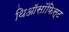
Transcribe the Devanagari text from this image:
थिऑसॉफिस्ट